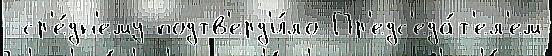
 ср'е́дн'ему подтв'ерд'и́ло Пр'едс'еда́т'ел'ем